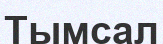
Тымсал